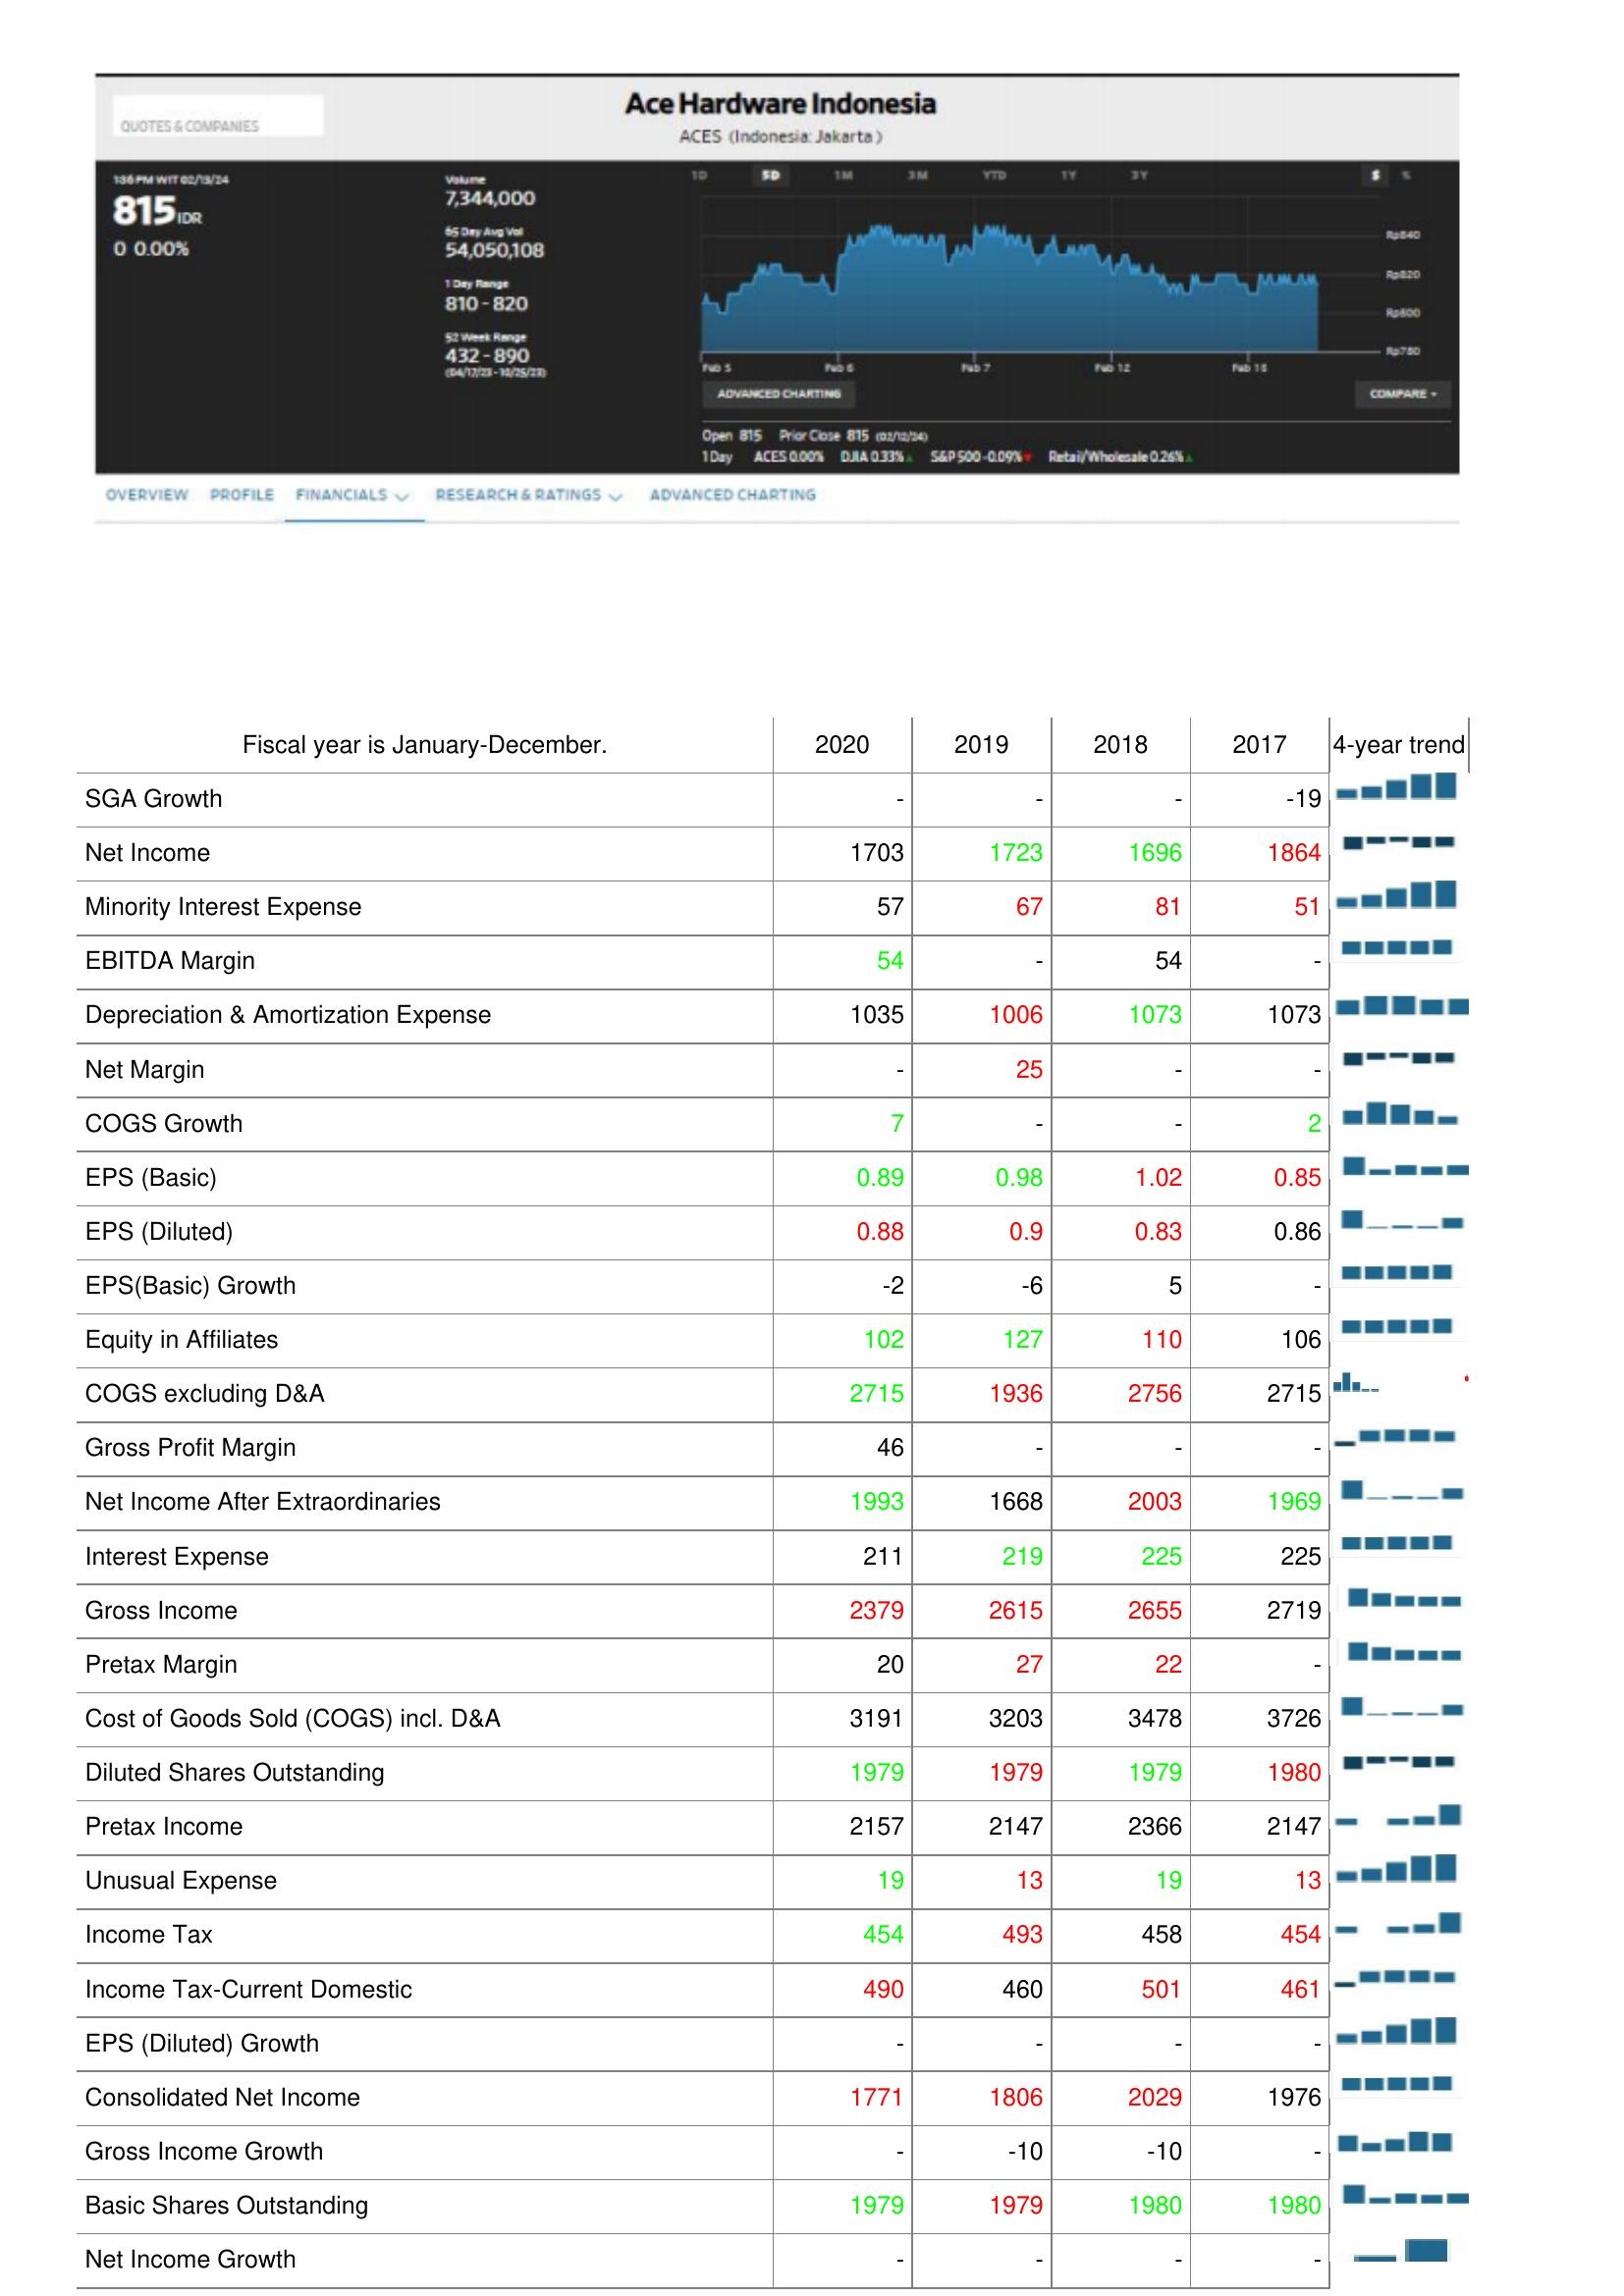
2020: : SGA Growth: -
Net Income: 1703
Minority Interest Expense: 57
EBITDA Margin: 54
Depreciation & Amortization Expense: 1035
Net Margin: -
COGS Growth: 7
EPS (Basic): 0.89
EPS (Diluted): 0.88
EPS(Basic) Growth: -2
Equity in Affiliates: 102
COGS excluding D&A: 2715
Gross Profit Margin: 46
Net Income After Extraordinaries: 1993
Interest Expense: 211
Gross Income: 2379
Pretax Margin: 20
Cost of Goods Sold (COGS) incl. D&A: 3191
Diluted Shares Outstanding: 1979
Pretax Income: 2157
Unusual Expense: 19
Income Tax: 454
Income Tax-Current Domestic: 490
EPS (Diluted) Growth: -
Consolidated Net Income: 1771
Gross Income Growth: -
Basic Shares Outstanding: 1979
Net Income Growth: -
2019: : SGA Growth: -
Net Income: 1723
Minority Interest Expense: 67
EBITDA Margin: -
Depreciation & Amortization Expense: 1006
Net Margin: 25
COGS Growth: -
EPS (Basic): 0.98
EPS (Diluted): 0.9
EPS(Basic) Growth: -6
Equity in Affiliates: 127
COGS excluding D&A: 1936
Gross Profit Margin: -
Net Income After Extraordinaries: 1668
Interest Expense: 219
Gross Income: 2615
Pretax Margin: 27
Cost of Goods Sold (COGS) incl. D&A: 3203
Diluted Shares Outstanding: 1979
Pretax Income: 2147
Unusual Expense: 13
Income Tax: 493
Income Tax-Current Domestic: 460
EPS (Diluted) Growth: -
Consolidated Net Income: 1806
Gross Income Growth: -10
Basic Shares Outstanding: 1979
Net Income Growth: -
2018: : SGA Growth: -
Net Income: 1696
Minority Interest Expense: 81
EBITDA Margin: 54
Depreciation & Amortization Expense: 1073
Net Margin: -
COGS Growth: -
EPS (Basic): 1.02
EPS (Diluted): 0.83
EPS(Basic) Growth: 5
Equity in Affiliates: 110
COGS excluding D&A: 2756
Gross Profit Margin: -
Net Income After Extraordinaries: 2003
Interest Expense: 225
Gross Income: 2655
Pretax Margin: 22
Cost of Goods Sold (COGS) incl. D&A: 3478
Diluted Shares Outstanding: 1979
Pretax Income: 2366
Unusual Expense: 19
Income Tax: 458
Income Tax-Current Domestic: 501
EPS (Diluted) Growth: -
Consolidated Net Income: 2029
Gross Income Growth: -10
Basic Shares Outstanding: 1980
Net Income Growth: -
2017: : SGA Growth: -19
Net Income: 1864
Minority Interest Expense: 51
EBITDA Margin: -
Depreciation & Amortization Expense: 1073
Net Margin: -
COGS Growth: 2
EPS (Basic): 0.85
EPS (Diluted): 0.86
EPS(Basic) Growth: -
Equity in Affiliates: 106
COGS excluding D&A: 2715
Gross Profit Margin: -
Net Income After Extraordinaries: 1969
Interest Expense: 225
Gross Income: 2719
Pretax Margin: -
Cost of Goods Sold (COGS) incl. D&A: 3726
Diluted Shares Outstanding: 1980
Pretax Income: 2147
Unusual Expense: 13
Income Tax: 454
Income Tax-Current Domestic: 461
EPS (Diluted) Growth: -
Consolidated Net Income: 1976
Gross Income Growth: -
Basic Shares Outstanding: 1980
Net Income Growth: -